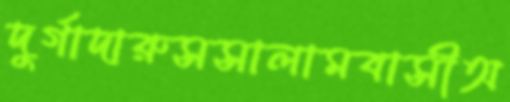
দুর্গাদারুসসালামবাসীঅ